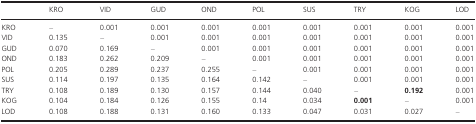
<table><thead><tr><td></td><td><b>KRO</b></td><td><b>VID</b></td><td><b>GUD</b></td><td><b>OND</b></td><td><b>POL</b></td><td><b>SUS</b></td><td><b>TRY</b></td><td><b>KOG</b></td><td><b>LOD</b></td></tr></thead><tbody><tr><td>KRO</td><td>–</td><td>0.001</td><td>0.001</td><td>0.001</td><td>0.001</td><td>0.001</td><td>0.001</td><td>0.001</td><td>0.001</td></tr><tr><td>VID</td><td>0.135</td><td>–</td><td>0.001</td><td>0.001</td><td>0.001</td><td>0.001</td><td>0.001</td><td>0.001</td><td>0.001</td></tr><tr><td>GUD</td><td>0.070</td><td>0.169</td><td>–</td><td>0.001</td><td>0.001</td><td>0.001</td><td>0.001</td><td>0.001</td><td>0.001</td></tr><tr><td>OND</td><td>0.183</td><td>0.262</td><td>0.209</td><td>–</td><td>0.001</td><td>0.001</td><td>0.001</td><td>0.001</td><td>0.001</td></tr><tr><td>POL</td><td>0.205</td><td>0.289</td><td>0.237</td><td>0.255</td><td>–</td><td>0.001</td><td>0.001</td><td>0.001</td><td>0.001</td></tr><tr><td>SUS</td><td>0.114</td><td>0.197</td><td>0.135</td><td>0.164</td><td>0.142</td><td>–</td><td>0.001</td><td>0.001</td><td>0.001</td></tr><tr><td>TRY</td><td>0.108</td><td>0.189</td><td>0.130</td><td>0.157</td><td>0.144</td><td>0.040</td><td>–</td><td><b>0.192</b></td><td>0.001</td></tr><tr><td>KOG</td><td>0.104</td><td>0.184</td><td>0.126</td><td>0.155</td><td>0.14</td><td>0.034</td><td><b>0.001</b></td><td>–</td><td>0.001</td></tr><tr><td>LOD</td><td>0.108</td><td>0.188</td><td>0.131</td><td>0.160</td><td>0.133</td><td>0.047</td><td>0.031</td><td>0.027</td><td>–</td></tr></tbody></table>